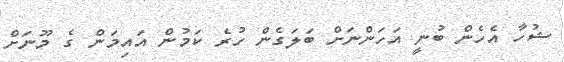
ޝުހާ އެހެން ބުނީ އަހަންނަށް ބަލަގެން ހުރެ ކަމުން އައިމަން ގެ މޫނަށް